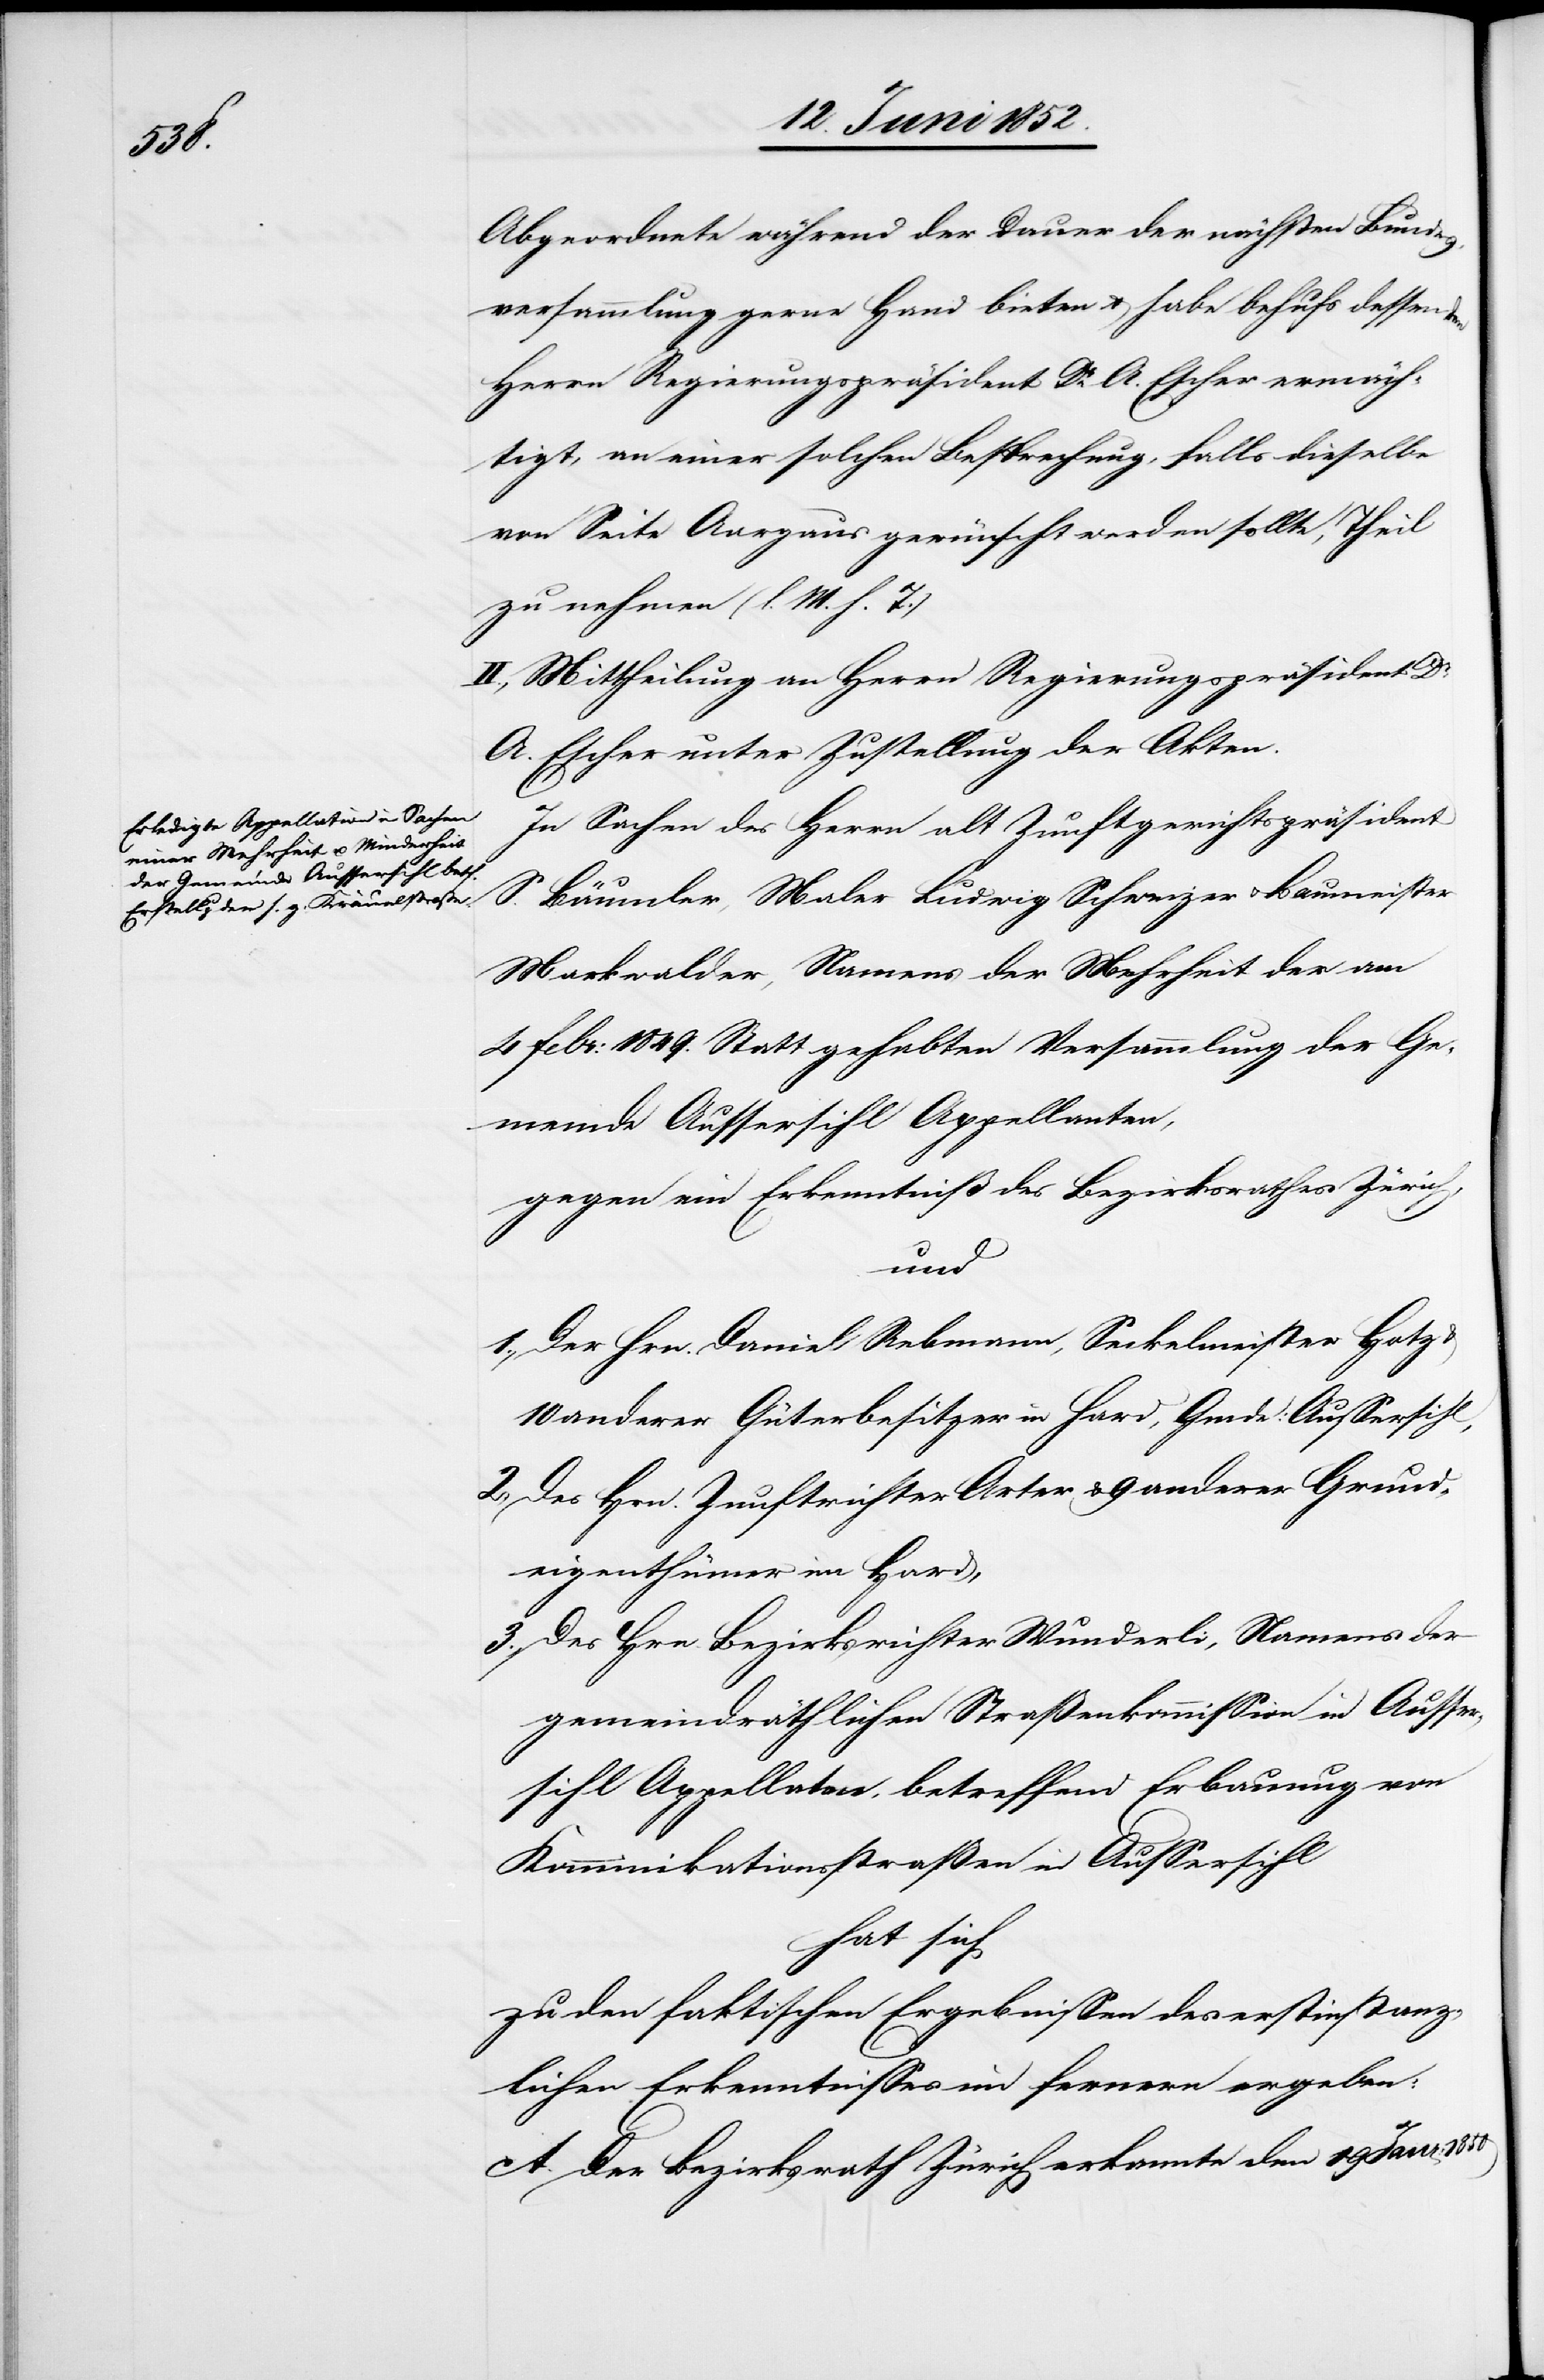
Ausser¬

Abgeordnete während der Dauer der nächsten Bundes¬
versammlung gerne Hand bieten & habe behufs dessen
Herrn Regierungspräsident Dr. A. Escher ermäch¬
tigt, an einer solchen Besprechung, falls dieselbe
von Seite Aargaus gewünscht werden sollte, Theil
zu nehmen (l. M. h. T.)
II., Mittheilung an Herrn Regierungspräsident Dr.
A. Escher unter Zustellung der Akten.
In Sachen des Herrn alt Zunftgerichtspräsident
S. Bäumler, Maler Ludwig Schweizer & Baumeister
Markwalder, Namens der Mehrheit der am
4 Febr: 1849. Statt gehabten Versammlung der Ge¬
meinde Aussersihl Appellanten,
gegen ein Erkenntniß des Bezirksrathes Zürich,
und
Der Hrn. Daniel Rebmann, Seckelmeister Hotz
anderer Güterbesitzer in Hard, Gmde: Aussersihl,
Des Hrn. Zunftrichter Arter & 9 anderer Grund¬
eigenthümer im Hard,
Des Hrn. Bezirksrichter Wunderli, Namens der
sihl Appellaten, betreffend Erbauung von
Komminikationsstraßen [sic!] in Aussersihl
hat sich
zu den faktischen Ergebnissen des erstinstanz¬
lichen Erkenntnisses im fernern ergeben:
A. Der Bezirksrath Zürich erkannte den 19 Janr: